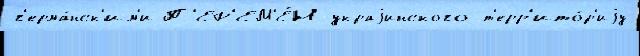
г'ерма́нск'им'и П'ЕР'ЕМ'Е́Н украjинского т'ерр'ито́р'иjу